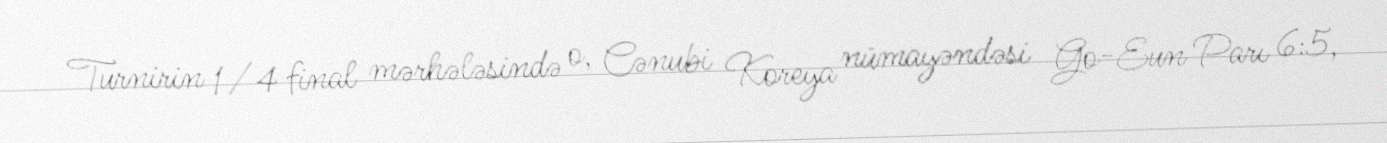
Turnirin 1/4 final mərhələsində o, Cənubi Koreya nümayəndəsi Go-Eun Parı 6:5,